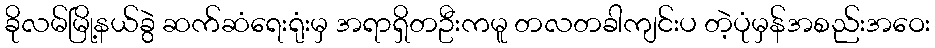
ခိုလမ်မြို့နယ်ခွဲ ဆက်ဆံရေးရုံးမှ အရာရှိတဦးကမူ တလတခါကျင်းပ တဲ့ပုံမှန်အစည်းအဝေး